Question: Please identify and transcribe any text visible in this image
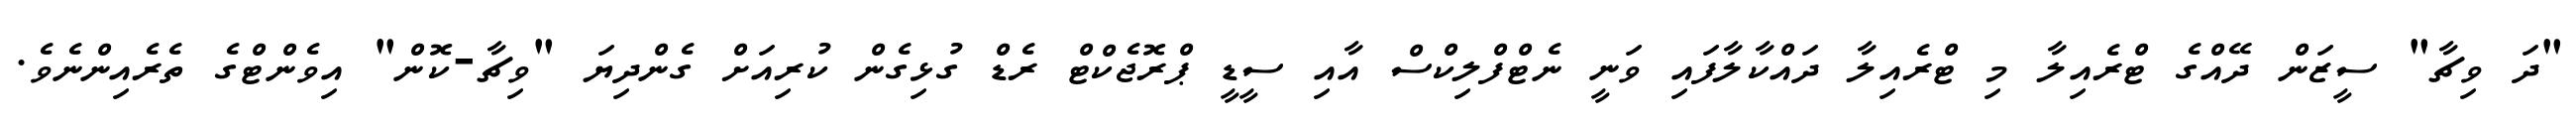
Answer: "ދަ ވިޗާ" ސީޒަން ދޭއްގެ ޓްރެއިލާ މި ޓްރެއިލާ ދައްކާލާފައި ވަނީ ނެޓްފްލިކްސް އާއި ސީޑީ ޕްރޮޖެކްޓް ރެޑް ގުޅިގެން ކުރިއަށް ގެންދިޔަ "ވިޗާ-ކޮން" އިވެންޓްގެ ތެރެއިންނެވެ.